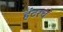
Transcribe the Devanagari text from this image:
हंटरचं